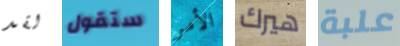
لقد ستقول الأمر هيرك علبة